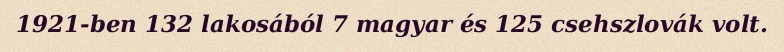
1921-ben 132 lakosából 7 magyar és 125 csehszlovák volt.